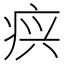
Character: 𰣫